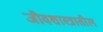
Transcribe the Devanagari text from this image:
जीवशास्त्रातील